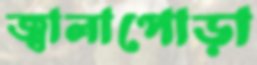
জ্বালাপোড়া